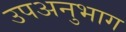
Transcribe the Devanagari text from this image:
उपअनुभाग